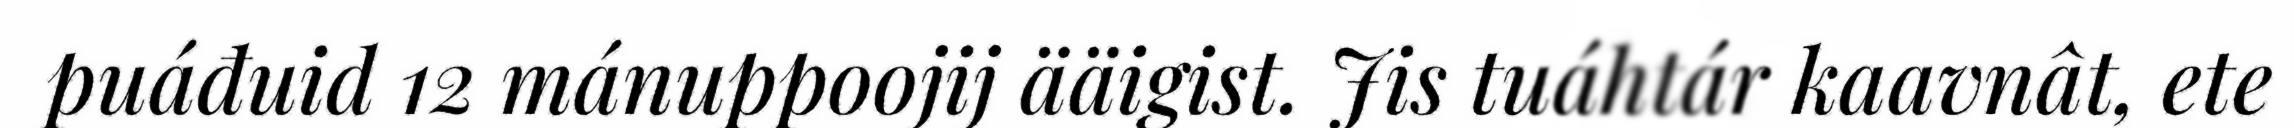
puáđuid 12 mánuppoojij ääigist. Jis tuáhtár kaavnât, ete